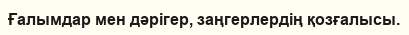
Ғалымдар мен дәрігер, заңгерлердің қозғалысы.